Calcutta medical institutions reports 1879-81 [i.e.91]
Year: 1879
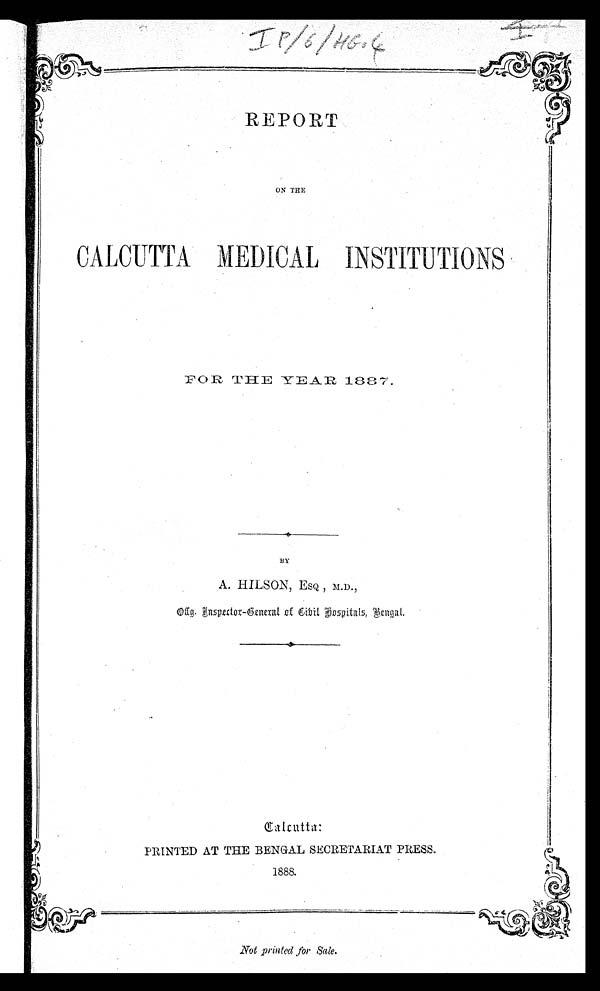
REPORT
ON THE
CALCUTTA MEDICAL INSTITUTIONS
FOR THE YEAR 1887.
BY
A. HILSON, ESQ., M.D.,
O f f g . I n s p e c t o r - Ge ne r a l o f C i v i l h o s p i t a l , Be nga l .
Calcutta:
PRINTED AT THE BENGAL SECRETARIAT PRESS.
1888.
Not printed for Sale.